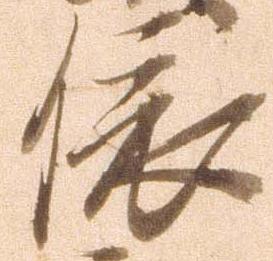
依